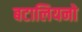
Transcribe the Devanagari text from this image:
बटालियनो